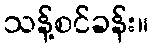
သန့်စင်ခန်း။